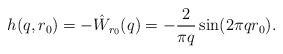
\begin{align*}h(q,r_0) = -\hat W_{r_0}(q) = -\frac{2}{\pi q}\sin(2\pi q r_0).\end{align*}